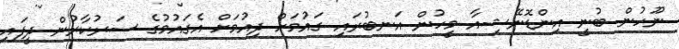
ނޫހުން ބުނީ އިންޑޮނޭޝިއާ މީހުން އަނބުރައި ގައުމަށް ދިއުމަށް އެގައުމުގެ ސަރުކާރުން ދީފައި